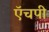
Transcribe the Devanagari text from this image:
ऍचपी